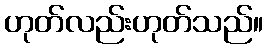
ဟုတ်လည်းဟုတ်သည်။